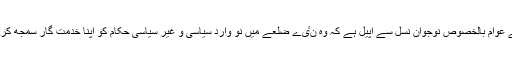
میری اپر چترال کے عوام بالخصوص نوجوان نسل سے اپیل ہے کہ وہ نٸے ضلعے میں نو وارد سیاسی و غیر سیاسی حکام کو اپنا خدمت گار سمجھ کر ان کا استقبال کریں۔